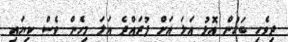
ދިވެހި ބަހުން އޮޅު އަލަ އަށް ފުރައްދެ އަލަ މިހެން ވެސް ކިޔައި